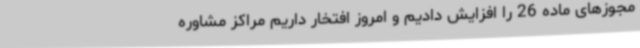
مجوزهای ماده 26 را افزایش دادیم و امروز افتخار داریم مراکز مشاوره